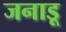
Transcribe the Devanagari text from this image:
जनाडू